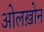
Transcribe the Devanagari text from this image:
ओलख़ोन